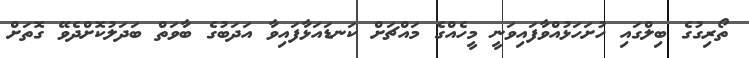
ތޯރިގުގެ ބިލްގައި ހުށަހަޅުއްވާފައިވަނީ މީހެއްގެ މައްޗަށް ކަނޑައަޅާފައިވާ އަދަބުގެ ބާވަތް ބަދަލުކޮށްދެވޭ ގޮތަށް